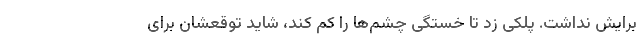
برایش نداشت. پلکی زد تا خستگی چشم‌ها را کم کند، شاید توقعشان برای